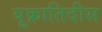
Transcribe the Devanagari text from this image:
यूक्रातिदीस